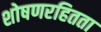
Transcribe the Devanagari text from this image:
शोषणरहितता